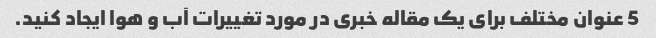
5 عنوان مختلف برای یک مقاله خبری در مورد تغییرات آب و هوا ایجاد کنید.